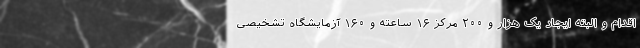
اقدام و البته ایجاد یک هزار و ۲۰۰ مرکز ۱۶ ساعته و ۱۶۰ آزمایشگاه تشخیصی